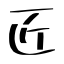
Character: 匠